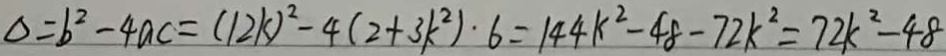
\Delta = b ^ { 2 } - 4 a c = ( 1 2 k ) ^ { 2 } - 4 ( 2 + 3 k ^ { 2 } ) \cdot 6 = 1 4 4 k ^ { 2 } - 4 8 - 7 2 k ^ { 2 } = 7 2 k ^ { 2 } - 4 8